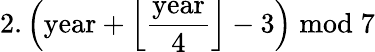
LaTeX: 2.\left({\mathrm{year}}+{\Big\lfloor}{\frac{\mathrm{year}}{4}}{\Big\rfloor}-3\right){\bmod{7}}